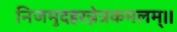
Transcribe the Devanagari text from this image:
निजमुदहरन्नेत्रकमलम्।।